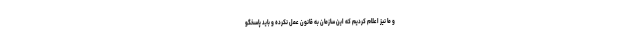
و ما نیز اعلام کردیم که این سازمان به قانون عمل نکرده و باید پاسخگو